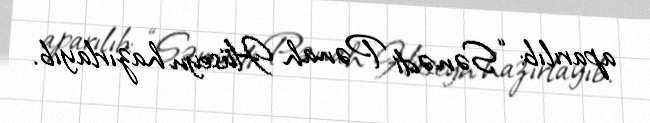
aparılıb: “Sənədi Pənah Hüseyn hazırlayıb.